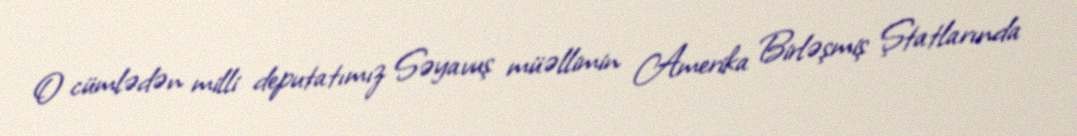
O cümlədən milli deputatımız Səyavuş müəllimin Amerika Birləşmiş Ştatlarında